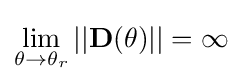
\lim _{\theta \to \theta _{r}}||\mathbf {D} (\theta )||=\infty